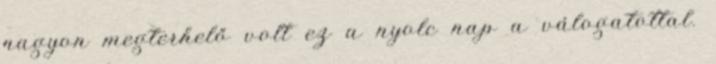
nagyon megterhelő volt ez a nyolc nap a válogatottal.